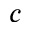
c